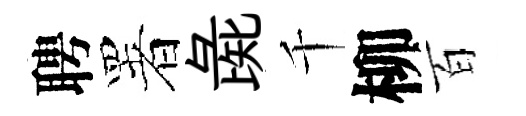
聘署彘千柳百